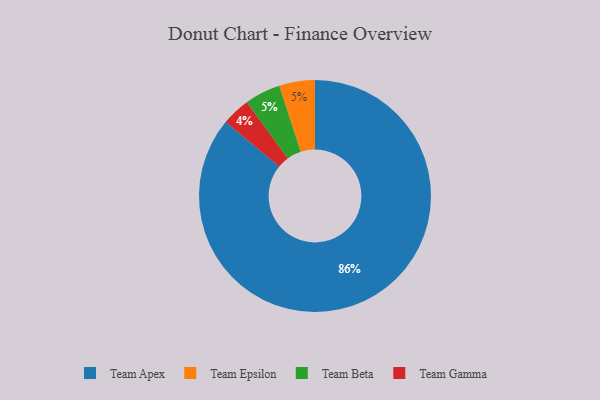
{"axis": {"x": "Category", "y": "Percentage"}, "legend": ["Team Apex", "Team Beta", "Team Epsilon", "Team Gamma"], "data": [{"x": "Team Epsilon", "y": 5, "type": "Team Epsilon"}, {"x": "Team Beta", "y": 5, "type": "Team Beta"}, {"x": "Team Gamma", "y": 4, "type": "Team Gamma"}, {"x": "Team Apex", "y": 86, "type": "Team Apex"}]}